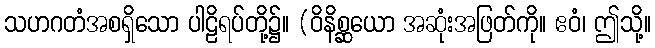
သဟဂတံအစရှိသော ပါဠိရပ်တို့၌။ (ဝိနိစ္ဆယော အဆုံးအဖြတ်ကို။ ဧဝံ၊ ဤသို့။